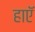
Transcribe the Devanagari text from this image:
हाएॅ